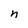
Character: n